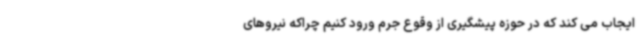
ایجاب می کند که در حوزه پیشگیری از وقوع جرم ورود کنیم چراکه نیروهای